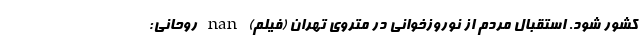
کشور شود. استقبال مردم از نوروزخوانی در متروی تهران (فیلم) nan روحانی: